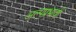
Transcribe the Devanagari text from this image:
अल्पप्रभावी